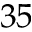
3 5